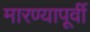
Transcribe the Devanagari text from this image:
मारण्यापूर्वी